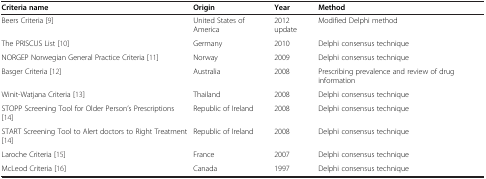
| Criteria name | Origin | Year | Method |
 | --- | --- | --- | --- |
 | Beers Criteria [9] | United States of America | 2012 update | Modified Delphi method |
 | The PRISCUS List [10] | Germany | 2010 | Delphi consensus technique |
 | NORGEP Norwegian General Practice Criteria [11] | Norway | 2009 | Delphi consensus technique |
 | Basger Criteria [12] | Australia | 2008 | Prescribing prevalence and review of drug information |
 | Winit-Watjana Criteria [13] | Thailand | 2008 | Delphi consensus technique |
 | STOPP Screening Tool for Older Person’s Prescriptions [14] | Republic of Ireland | 2008 | Delphi consensus technique |
 | START Screening Tool to Alert doctors to Right Treatment[14] | Republic of Ireland | 2008 | Delphi consensus technique |
 | Laroche Criteria [15] | France | 2007 | Delphi consensus technique |
 | McLeod Criteria [16] | Canada | 1997 | Delphi consensus technique |